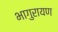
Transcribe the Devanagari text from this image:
भागुरायण